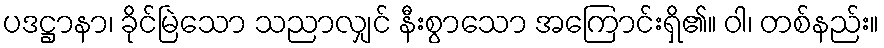
ပဒဋ္ဌာနာ၊ ခိုင်မြဲသော သညာလျှင် နီးစွာသော အကြောင်းရှိ၏။ ဝါ၊ တစ်နည်း။